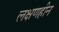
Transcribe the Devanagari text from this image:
लक्षणहीन